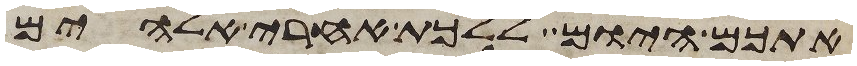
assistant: אתכם היום ללכת אחרי אלהים